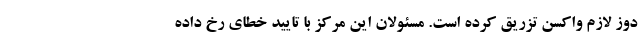
دوز لازم واکسن تزریق کرده است. مسئولان این مرکز با تایید خطای رخ داده